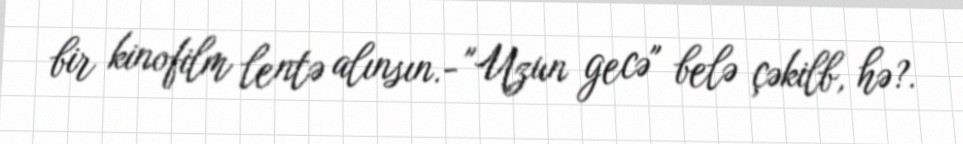
bir kinofilm lentə alınsın.- "Uzun gecə" belə çəkilb, hə?.